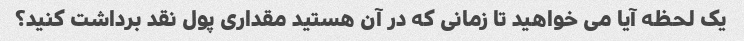
یک لحظه آیا می خواهید تا زمانی که در آن هستید مقداری پول نقد برداشت کنید؟